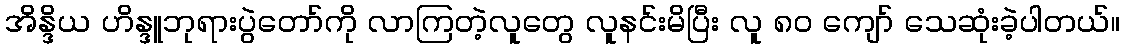
အိန္ဒိယ ဟိန္ဒူဘုရားပွဲတော်ကို လာကြတဲ့လူတွေ လူနင်းမိပြီး လူ ၈၀ ကျော် သေဆုံးခဲ့ပါတယ်။